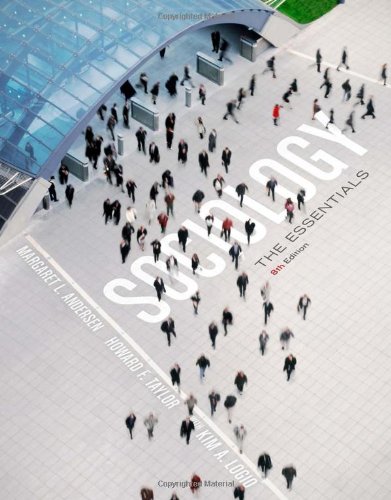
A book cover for Sociology: The Essentials, 8th Edition; Margaret L. Andersen; Politics & Social Sciences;